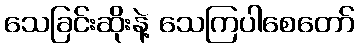
သေခြင်းဆိုးနဲ့ သေကြပါစေတော်